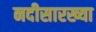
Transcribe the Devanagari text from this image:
नदीसारख्या